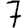
Digit: 7